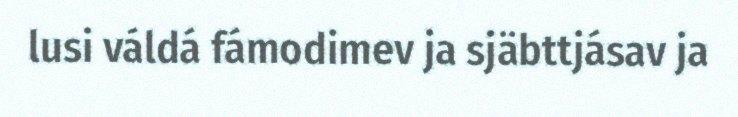
lusi váldá fámodimev ja sjäbttjásav ja